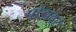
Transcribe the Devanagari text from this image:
पोडावर